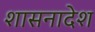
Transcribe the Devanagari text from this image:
शासनादेश